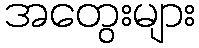
အတွေးများ